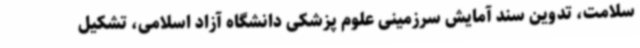
سلامت، تدوین سند آمایش سرزمینی علوم پزشکی دانشگاه آزاد اسلامی، تشکیل